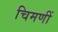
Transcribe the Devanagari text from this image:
चिमणीं